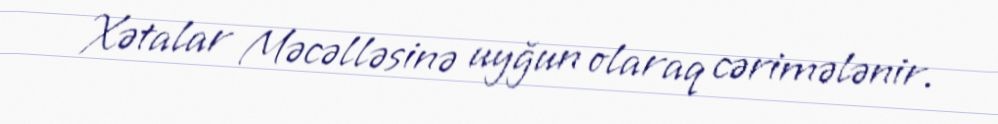
Xətalar Məcəlləsinə uyğun olaraq cərimələnir.